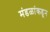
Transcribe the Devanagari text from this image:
मंडळांकडून